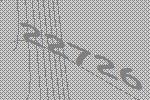
22726